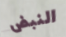
النبض